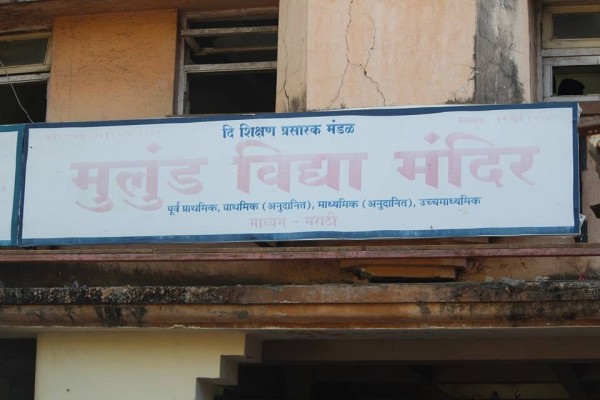
Language: marathi
Transcription: दि मुलुंड प्रसारक पूर्व माध्यमिक माध्यम मराठी उच्चमाध्यमिक मंदिर विद्या प्राथमिक मंडळ शिक्षण